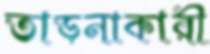
তাড়নাকারী